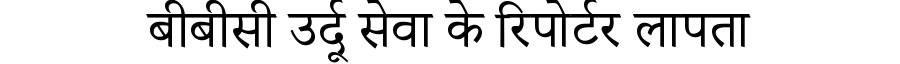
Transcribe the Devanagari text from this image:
बीबीसी उर्दू सेवा के रिपोर्टर लापता